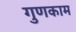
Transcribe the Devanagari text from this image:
गुणकाम